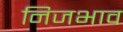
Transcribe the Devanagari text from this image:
निजभाव